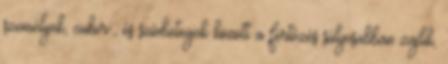
személyek, cukor-, és szívbetegek között a fertőzés súlyosabban zajlik,